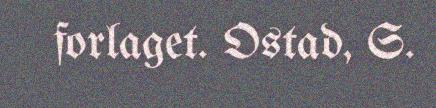
forlaget. Ostad, S.